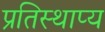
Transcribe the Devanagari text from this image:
प्रतिस्थाप्य